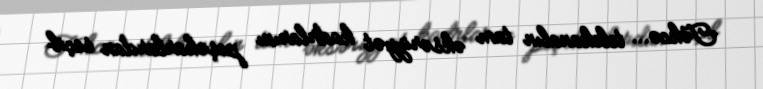
Təkcə... telekanalın tam əksəriyyət kadrlarını peşəkarlardan seçib